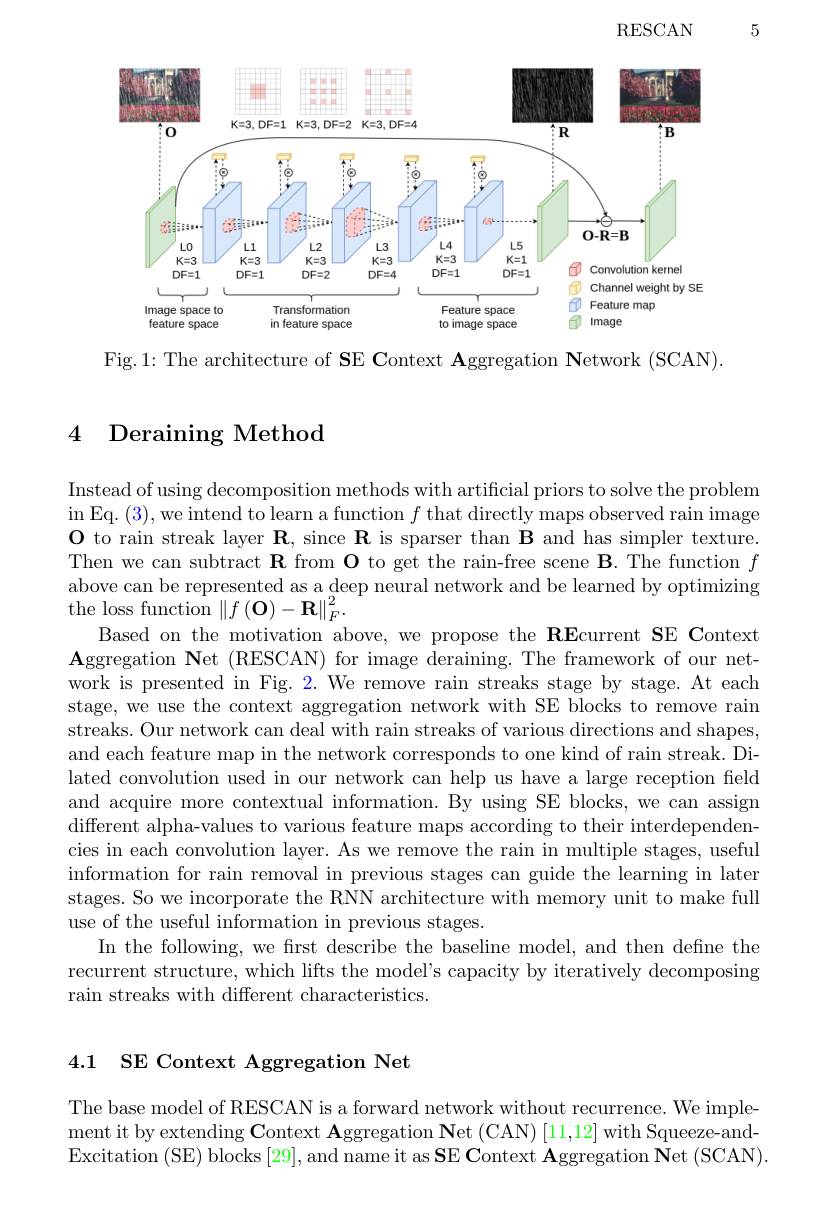
5

RESCAN

<FigureHere>

Fig.1: The architecture of SE Context Aggregation Network (SCAN)

## 4 Deraining Method

Instead of using decomposition methods with artificial priors to solve the problem in Eq. ( 3) , we intend to learn a function $f $that directly maps observed rain image $\mathbf{O}$ to rain streak layer $\mathbf{R}$, since $\mathbf{R}$ is sparser than B and has simpler texture Then we can subtract $\mathbf{R}$ from O to get the rain-free scene B. The function $f$ above can be represented as a deep neural network and be learned by optimizing the loss function $\left\|f\left(\mathbf{O}\right)-\mathbf{R}\right\|_F^2.$
Based on the motivation above, we propose the REcurrent SE Context $\mathbf{A}$ggregation Net (RESCAN) for image deraining. The framework of our network is presented in Fig. 2. We remove rain streaks stage by stage. At each stage, we use the context aggregation network with SE blocks to remove rain streaks. Our network can deal with rain streaks of various directions and shapes, and each feature map in the network corresponds to one kind of rain streak. Dilated convolution used in our network can help us have a large reception field and acquire more contextual information. By using SE blocks, we can assign different alpha-values to various feature maps according to their interdependencies in each convolution layer. As we remove the rain in multiple stages, useful information for rain removal in previous stages can guide the learning in later stages. So we incorporate the RNN architecture with memory unit to make full use of the useful information in previous stages.
In the following, we first describe the baseline model, and then define the recurrent structure, which lifts the model's capacity by iteratively decomposing rain streaks with different characteristics.

## 4.1 $\textbf{SE Context Aggregation Net}$

The base model of RESCAN is a forward network without recurrence. We implement it by extending Context Aggregation Net (CAN) [11,12] with Squeeze-andExcitation (SE) blocks [29], and name it as $\mathbf SE\mathbf Context~Aggregation~\mathbf Net~(SCAN)$